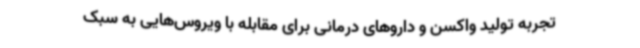
تجربه تولید واکسن و داروهای درمانی برای مقابله با ویروس‌هایی به سبک